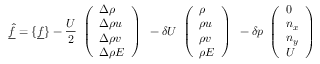
\underline { { \hat { f } } } = \{ \underline { { f } } \} - \frac { U } { 2 } \begin{array} { l } { \left( \begin{array} { l } { \Delta \rho } \\ { \Delta \rho u } \\ { \Delta \rho v } \\ { \Delta \rho E } \end{array} \right) } \end{array} - \delta U \begin{array} { l } { \left( \begin{array} { l } { \rho } \\ { \rho u } \\ { \rho v } \\ { \rho E } \end{array} \right) } \end{array} - \delta p \begin{array} { l } { \left( \begin{array} { l } { 0 } \\ { n _ { x } } \\ { n _ { y } } \\ { U } \end{array} \right) } \end{array}